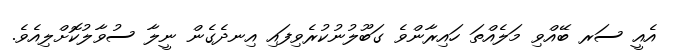
އެއީ ސަރ ބޭއްވި މަލެއްތަ ހައިރާންވެ ގަބޫލުނުކުރެވިފައި އިނދެގެން ނީލާ ސުވާލުކޮށްލިއެވެ.